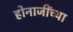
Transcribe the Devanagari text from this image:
होनाजींच्या